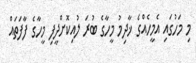
މި މަހުގައި އެމީހެއްގެ ޚާދިމު މީހާގެ ބުރަ ލުއިކޮށްދީފި މީހާގެ ފާފަތައް